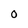
Character: 0